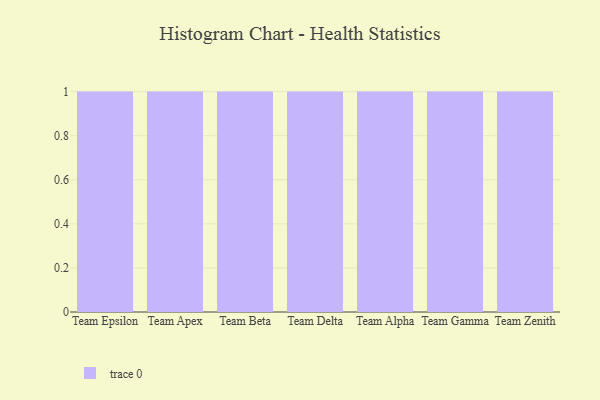
{"axis": {"x": "Team", "y": "Churn Rate (%)"}, "legend": [""], "data": [{"x": "Team Epsilon", "y": 91, "type": ""}, {"x": "Team Apex", "y": 87, "type": ""}, {"x": "Team Beta", "y": 5, "type": ""}, {"x": "Team Delta", "y": 63, "type": ""}, {"x": "Team Alpha", "y": 61, "type": ""}, {"x": "Team Gamma", "y": 48, "type": ""}, {"x": "Team Zenith", "y": 84, "type": ""}]}